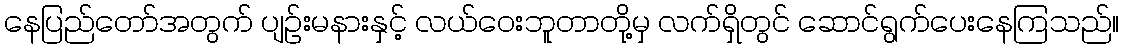
နေပြည်တော်အတွက် ပျဉ်းမနားနှင့် လယ်ဝေးဘူတာတို့မှ လက်ရှိတွင် ဆောင်ရွက်ပေးနေကြသည်။